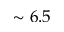
\sim 6 . 5